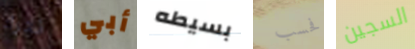
نترك أبي بسيطه فحسب السجين